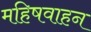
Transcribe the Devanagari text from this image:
महिषवाहन